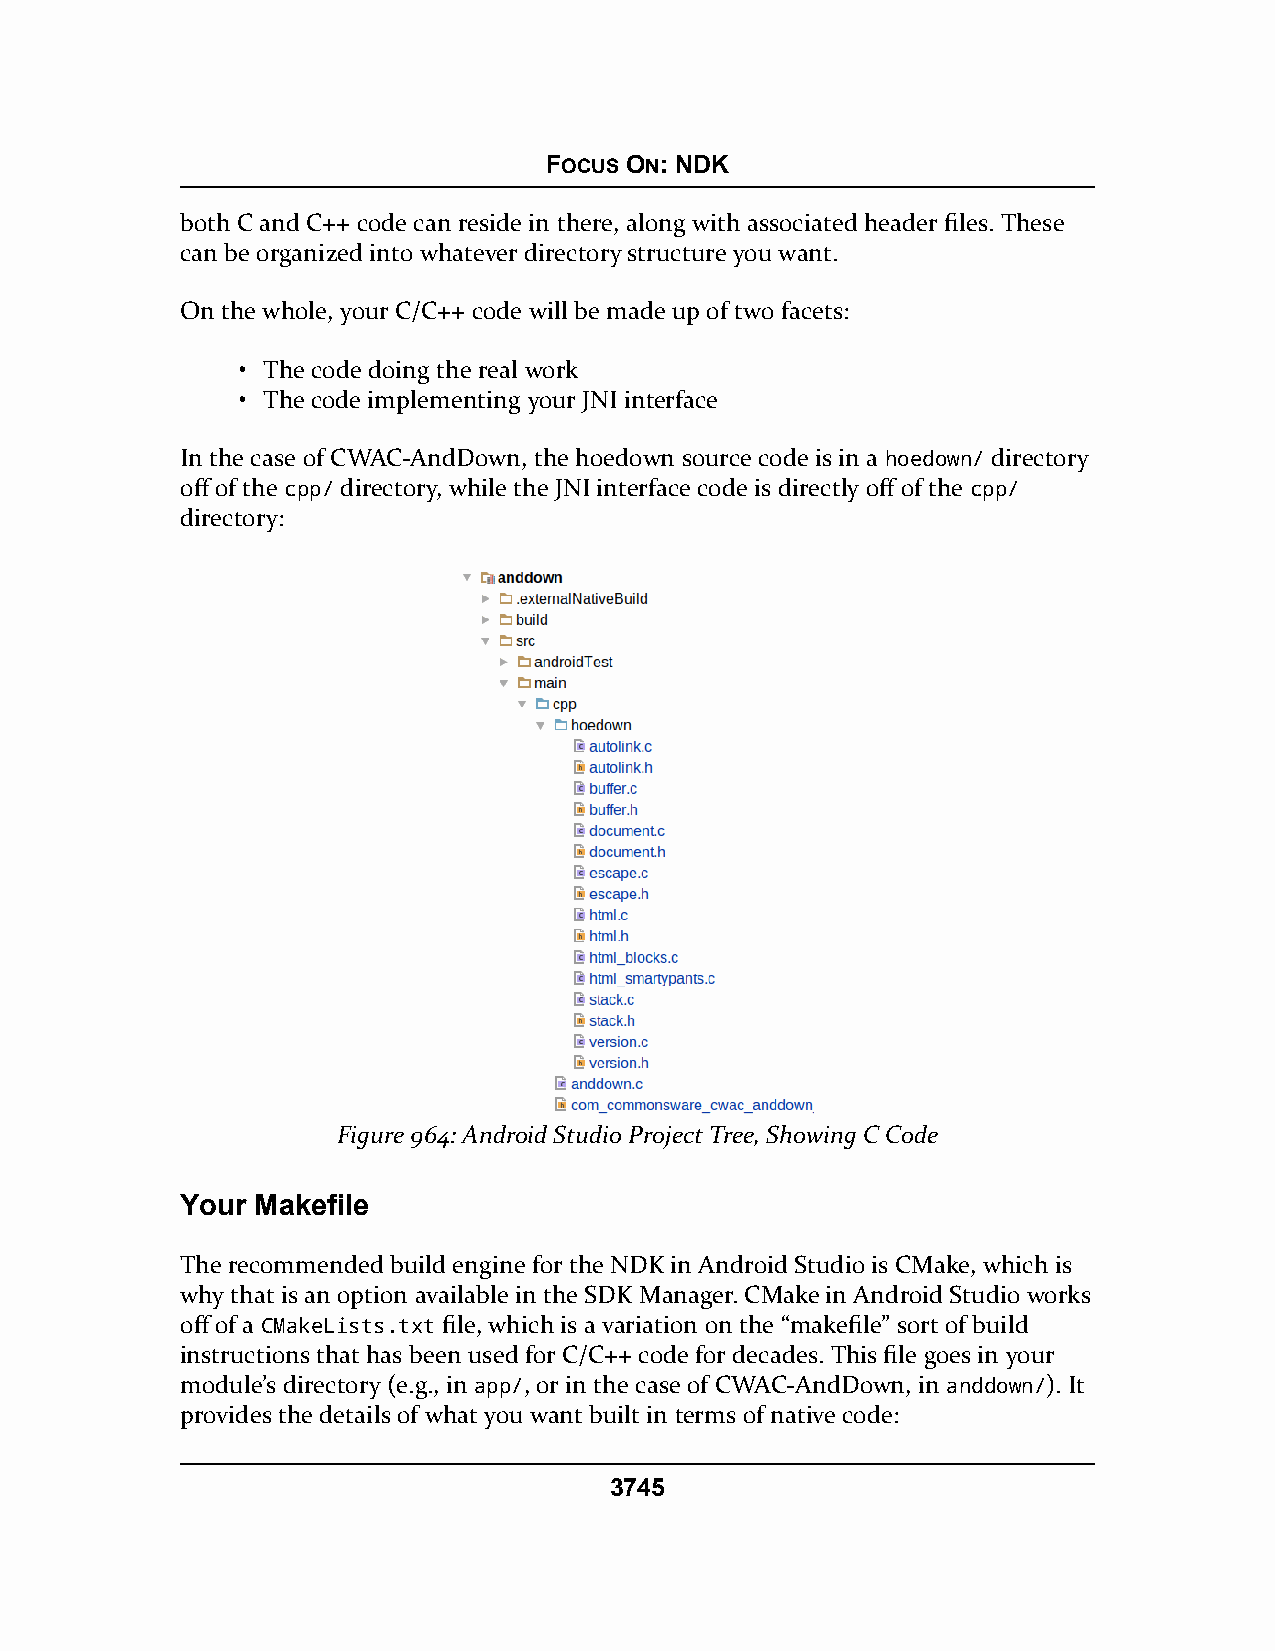
FOCUS ON: NDK
 both C and C++ code can reside in there, along with associated header files. These
 can be organized into whatever directory structure you want.
 On the whole, your C/C++ code will be made up of two facets:
 • The code doing the real work
 • The code implementing your JNI interface
 In the case of CWAC-AndDown, the hoedown source code is in a hoedown/ directory
 off of the cpp/ directory, while the JNI interface code is directly off of the cpp/
 directory:
 Figure 964: Android Studio Project Tree, Showing C Code
 Your Makefile
 The recommended build engine for the NDK in Android Studio is CMake, which is
 why that is an option available in the SDK Manager. CMake in Android Studio works
 off of a CMakeLists.txt file, which is a variation on the “makefile” sort of build
 instructions that has been used for C/C++ code for decades. This file goes in your
 module’s directory (e.g., in app/, or in the case of CWAC-AndDown, in anddown/). It
 provides the details of what you want built in terms of native code:
 3745